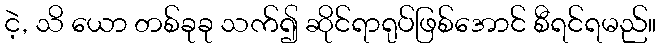
ငဲ့, သိ ယော တစ်ခုခု သက်၍ ဆိုင်ရာရုပ်ဖြစ်အောင် စီရင်ရမည်။